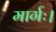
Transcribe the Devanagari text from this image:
मार्गः।